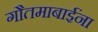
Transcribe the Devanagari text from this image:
गौतमाबाईंना